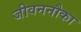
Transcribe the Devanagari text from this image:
जीवननौका